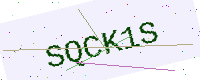
Text: SQCK1S